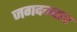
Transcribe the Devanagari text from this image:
जगदम्बाच